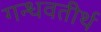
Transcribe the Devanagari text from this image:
गन्धवतीर्थ